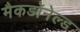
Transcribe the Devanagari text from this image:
मैकडॉनेल्ड